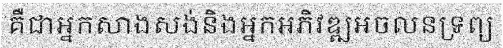
គឺជាអ្នកសាងសង់និងអ្នកអភិវឌ្ឍអចលនទ្រព្យ